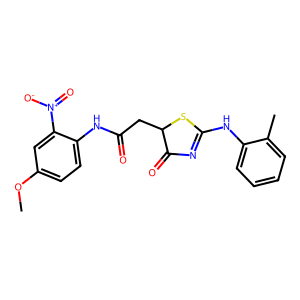
SMILES: COc1ccc(NC(=O)CC2SC(Nc3ccccc3C)=NC2=O)c([N+](=O)[O-])c1
Inhibits HIV replication: No